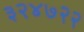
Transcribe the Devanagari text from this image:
३२४७२२